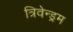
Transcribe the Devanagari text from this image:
त्रिवेन्ड्रम